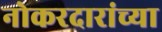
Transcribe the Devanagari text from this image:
नोकरदारांच्या